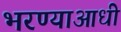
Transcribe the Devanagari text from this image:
भरण्याआधी